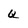
Character: Q